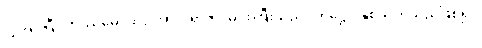
ပြုအပ်ပြီ။ တဿမေ၊ ထိုငါအား။ ရာဇာ၊ မင်းကြီးသည်။ တုဋ္ဌော၊ နှစ်သက်သည်ဖြစ်၍။